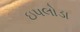
ઇપલોડા